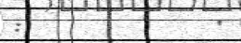
:         '